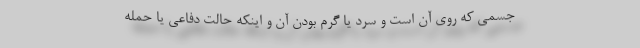
جسمی که روی آن است و سرد یا گرم بودن آن و اینکه حالت دفاعی یا حمله